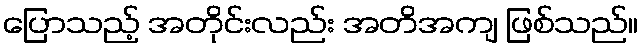
ပြောသည့် အတိုင်းလည်း အတိအကျ ဖြစ်သည်။